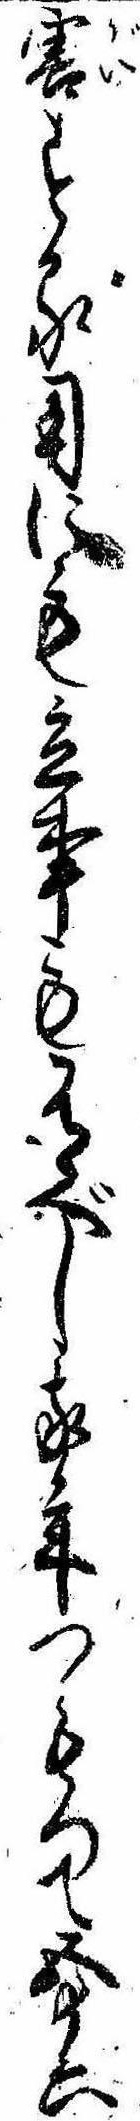
害する用にも立事も有べし我年つもつて五十六